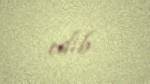
edib.